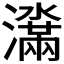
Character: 𬉞